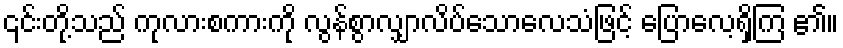
၎င်းတို့သည် ကုလားစကားကို လွန်စွာလျှာလိပ်သောလေသံဖြင့် ပြောလေ့ရှိကြ ၏။